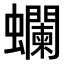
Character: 𧕗